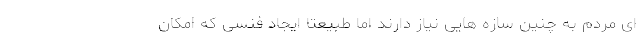
ای مردم به چنین سازه هایی نیاز دارند اما طبیعتا ایجاد فنسی که امکان